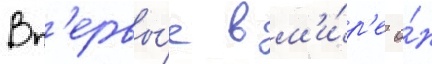
Вп'ервы́е в м'и́р'е о́н